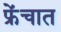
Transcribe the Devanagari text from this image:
फ्रेंचात